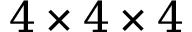
4 \times 4 \times 4